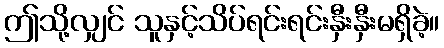
ဤသို့လျှင် သူနှင့်သိပ်ရင်းရင်းနှီးနှီးမရှိခဲ့။